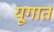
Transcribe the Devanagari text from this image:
यूगात